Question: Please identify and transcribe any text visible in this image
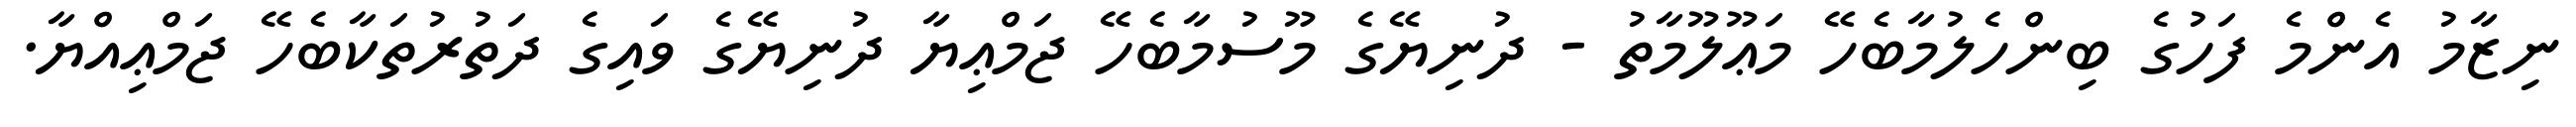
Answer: ނިޒާމު އެންމެ ފަހުގެ ބިންހެލުމާބެހޭ މަޢޫލޫމާތު - ދުނިޔޭގެ މޫސުމާބެހޭ ޖަމްޢިޔާ ދުނިޔޭގެ ވައިގެ ދަތުރުތަކާބެހޭ ޖަމްޢިއްޔާ.